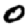
Digit: 0